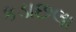
કડાછલા